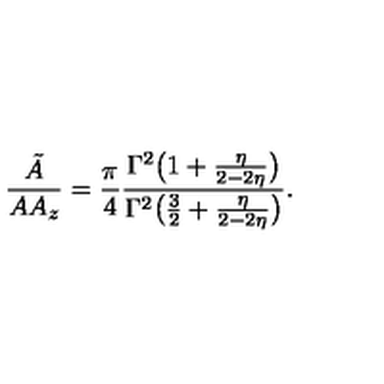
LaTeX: \frac { { \tilde { A } } } { A A _ { z } } = \frac { \pi } { 4 } \frac { \Gamma ^ { 2 } \big ( 1 + \frac { \eta } { 2 - 2 \eta } \big ) } { \Gamma ^ { 2 } \big ( \frac { 3 } { 2 } + \frac { \eta } { 2 - 2 \eta } \big ) } .